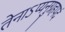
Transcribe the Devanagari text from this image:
तेनाऽप्यनुग्रहपदं